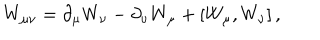
LaTeX: W _ { \mu \nu } = \partial _ { \mu } W _ { \nu } - \partial _ { \nu } W _ { \mu } + \left[ W _ { \mu } , W _ { \nu } \right] ,